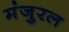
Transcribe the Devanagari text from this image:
मंजुरल